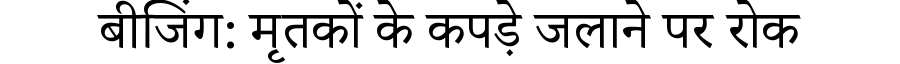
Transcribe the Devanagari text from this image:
बीजिंग: मृतकों के कपड़े जलाने पर रोक